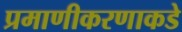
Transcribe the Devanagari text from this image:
प्रमाणीकरणाकडे